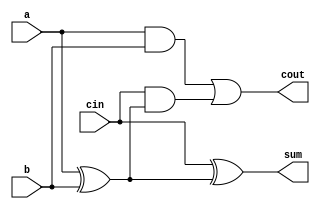
`timescale 1ns / 1ps
//////////////////////////////////////////////////////////////////////////////////
// Company: 
// Engineer: 
// 
// Design Name: 
// Module Name:    FullAdder 
// Project Name: 
// Target Devices: 
// Tool versions: 
// Description: 
//
// Dependencies: 
//
// Revision: 
// Revision 0.01 - File Created
// Additional Comments: 
//
//////////////////////////////////////////////////////////////////////////////////
module FullAdder(
    input a,
    input b,
    input cin,
    output sum,
    output cout
    );
	 
assign sum=cin^(a^b);
assign cout=(a&b)|(cin&(a^b));

endmodule